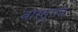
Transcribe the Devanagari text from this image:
वास्तुगत